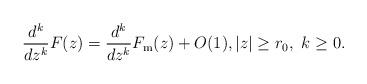
LaTeX: \begin{align*}\frac{d^k}{dz^k} F(z)=\frac{d^k}{dz^k}F_{\mathrm{m}}(z)+O(1), |z| \geq r_0, ~ k \geq 0.\end{align*}